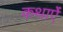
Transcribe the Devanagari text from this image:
कथाऐं